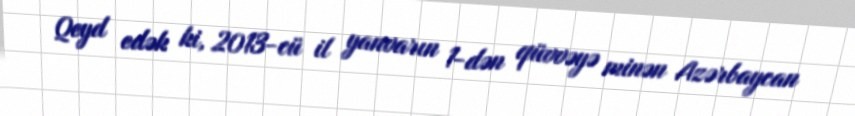
Qeyd edək ki, 2013-cü il yanvarın 1-dən qüvvəyə minən Azərbaycan